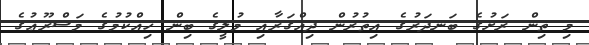
މި ތިން ރަށުގެ ބަނދަރުގެ އިތުރުން ދިއްގަރާއި މުލީގެ ބިން ހިއްކުމުގެ މަޝްރޫޢުގެ